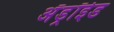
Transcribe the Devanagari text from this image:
अँड्रॉईड